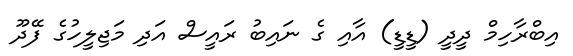
އިބްރާހިމް ދީދީ (ޑީޑީ) އާއި ގެ ނައިބު ރައީސް އަދި މަޖިލީހުގެ ފޭދޫ